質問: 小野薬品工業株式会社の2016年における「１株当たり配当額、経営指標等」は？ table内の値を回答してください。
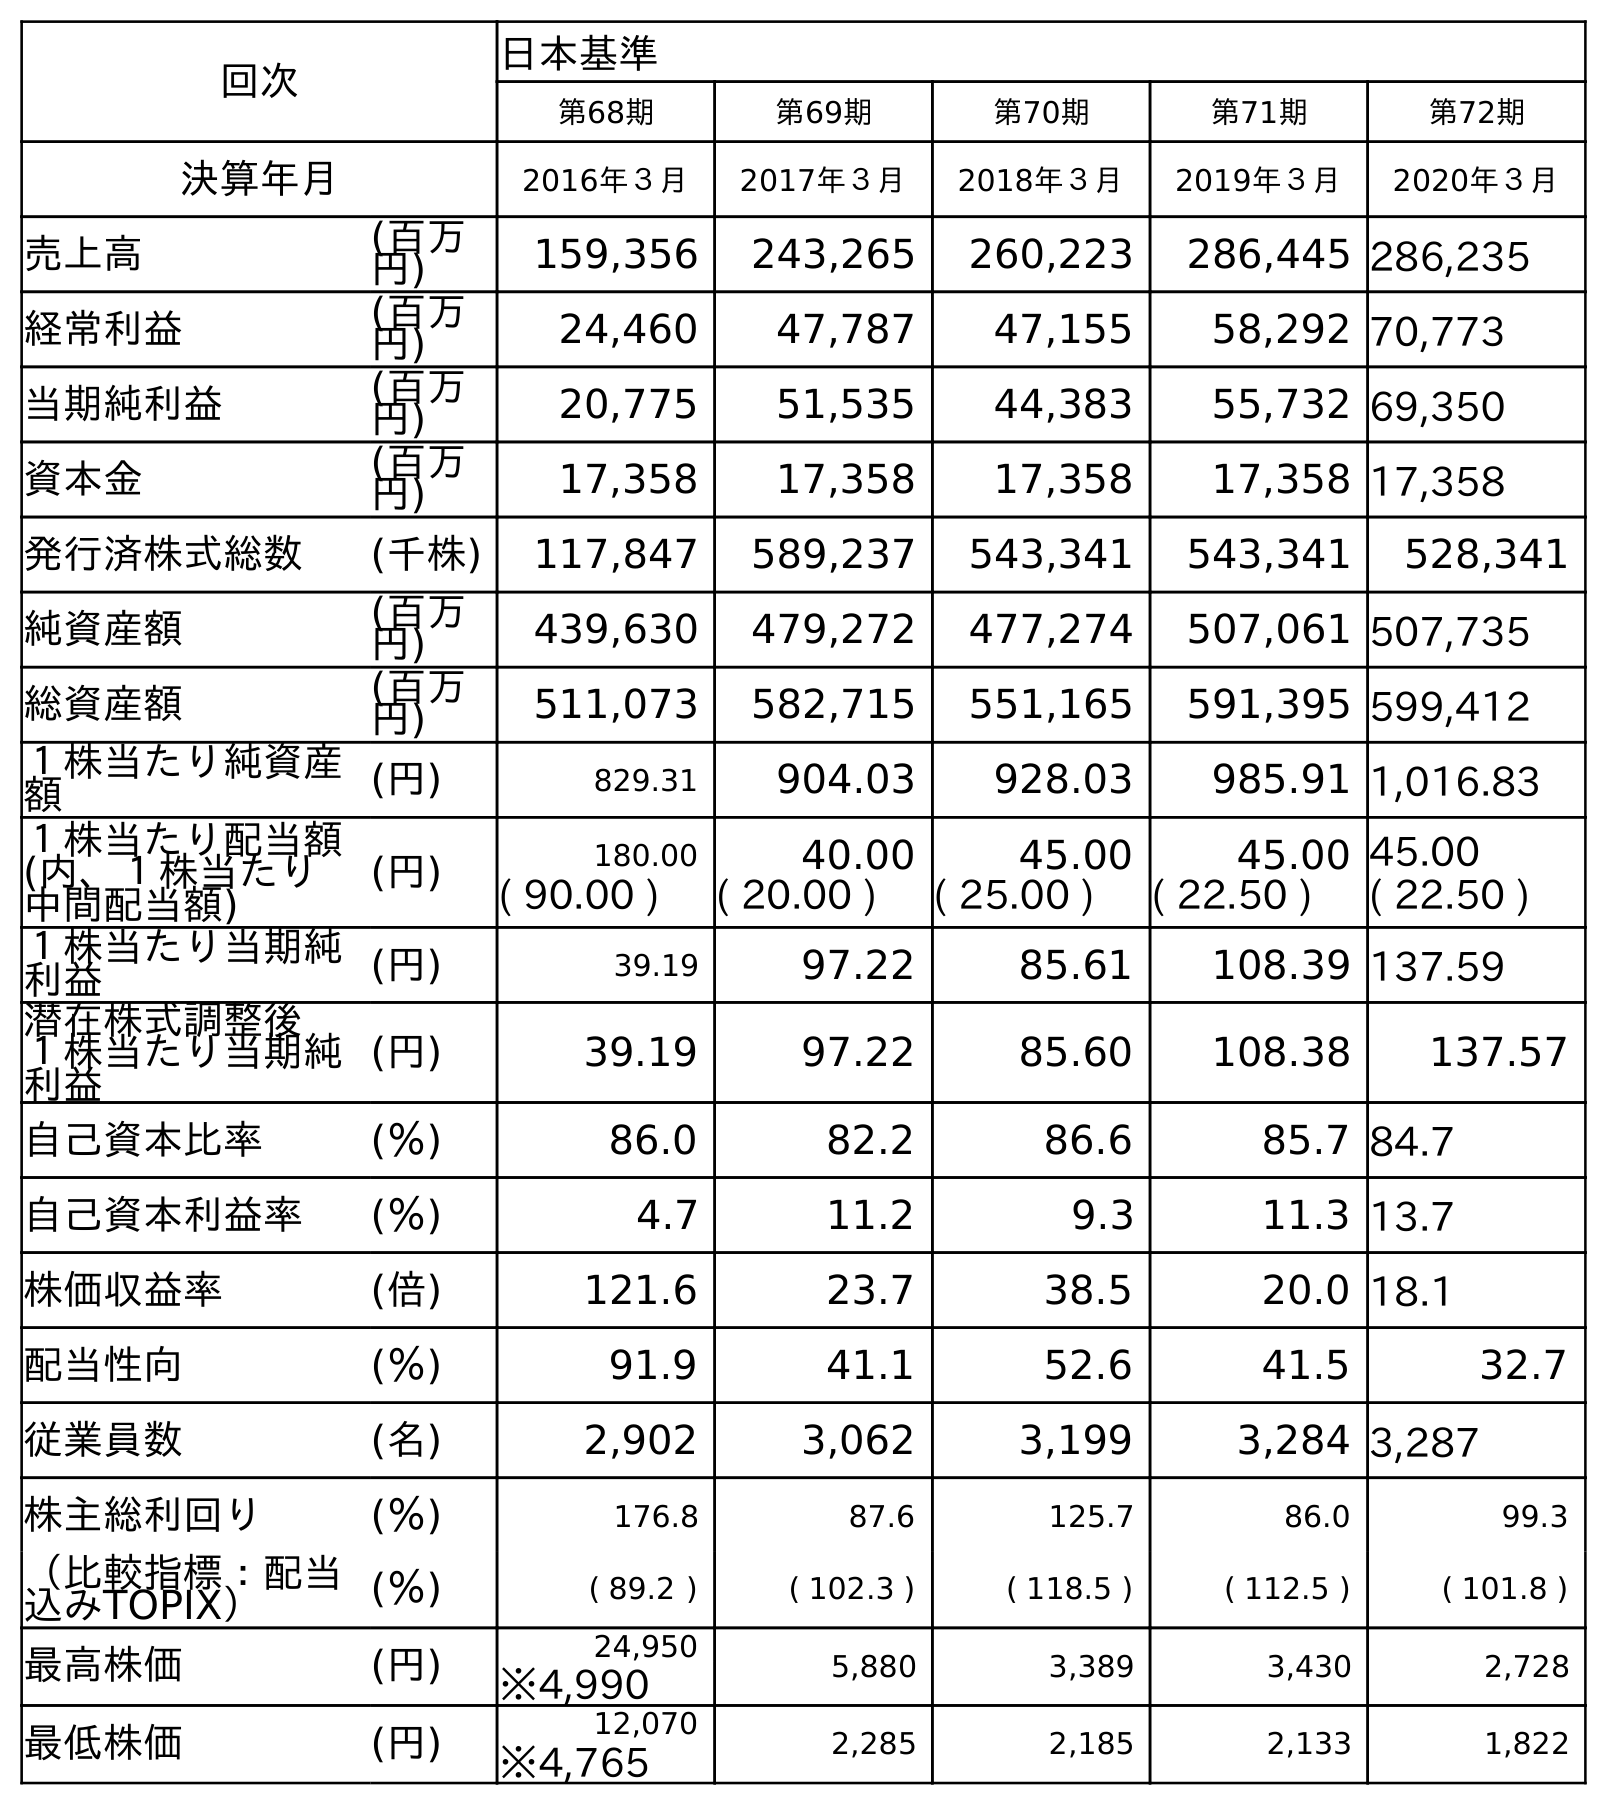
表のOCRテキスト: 回次 日本基準 第68期 第69期 第70期 第71期 第72期 決算年月 2016年３月 2017年３月 2018年３月 2019年３月 2020年３月 売上高 (百万 円) 159,356 243,265 260,223 286,445 286,235 経常利益 (百万 円) 24,460 47,787 47,155 58,292 70,773 当期純利益 (百万 円) 20,775 51,535 44,383 55,732 69,350 資本金 (百万 円) 17,358 17,358 17,358 17,358 17,358 発行済株式総数 (千株) 117,847 589,237 543,341 543,341 528,341 純資産額 (百万 円) 439,630 479,272 477,274 507,061 507,735 総資産額 (百万 円) 511,073 582,715 551,165 591,395 599,412 １株当たり純資産 額 (円) 829.31 904.03 928.03 985.91 1,016.83 １株当たり配当額 (内、１株当たり 中間配当額) (円) 180.00 40.00 45.00 45.00 45.00 ( 90.00 ) ( 20.00 ) ( 25.00 ) ( 22.50 ) ( 22.50 ) １株当たり当期純 利益 (円) 39.19 97.22 85.61 108.39 137.59 潜在株式調整後 １株当たり当期純 利益 (円) 39.19 97.22 85.60 108.38 137.57 自己資本比率 (％) 86.0 82.2 86.6 85.7 84.7 自己資本利益率 (％) 4.7 11.2 9.3 11.3 13.7 株価収益率 (倍) 121.6 23.7 38.5 20.0 18.1 配当性向 (％) 91.9 41.1 52.6 41.5 32.7 従業員数 (名) 2,902 3,062 3,199 3,284 3,287 株主総利回り (％) 176.8 87.6 125.7 86.0 99.3 （比較指標：配当 込みTOPIX） (％) ( 89.2 ) ( 102.3 ) ( 118.5 ) ( 112.5 ) ( 101.8 ) 最高株価 (円) 24,950 5,880 3,389 3,430 2,728 ※4,990 最低株価 (円) 12,070 2,285 2,185 2,133 1,822 ※4,765
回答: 180.00